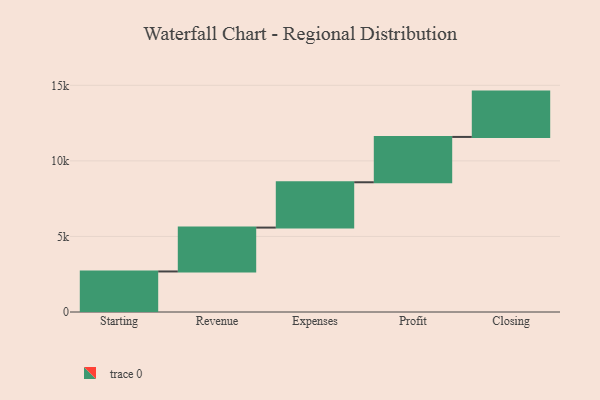
{"axis": {"x": "Step", "y": "Value"}, "legend": [""], "data": [{"x": "Starting", "y": 2683.0, "type": ""}, {"x": "Revenue", "y": 2903.0, "type": ""}, {"x": "Expenses", "y": 3000, "type": ""}, {"x": "Profit", "y": 3000, "type": ""}, {"x": "Closing", "y": 3000, "type": ""}]}